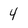
Character: 4